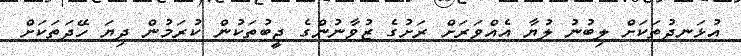
އުޅަނދުތަކަށް ލިބުނު ލުޔާ އެއްވަރަށް ރަށުގެ ޒުވާނުންގެ ޖީބުތަކުން ކުރަމުން ދިޔަ ހޭދަތަކަށް